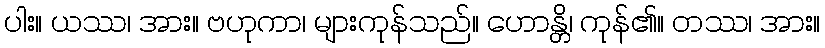
ပါး။ ယဿ၊ အား။ ဗဟုကာ၊ များကုန်သည်။ ဟောန္တိ၊ ကုန်၏။ တဿ၊ အား။